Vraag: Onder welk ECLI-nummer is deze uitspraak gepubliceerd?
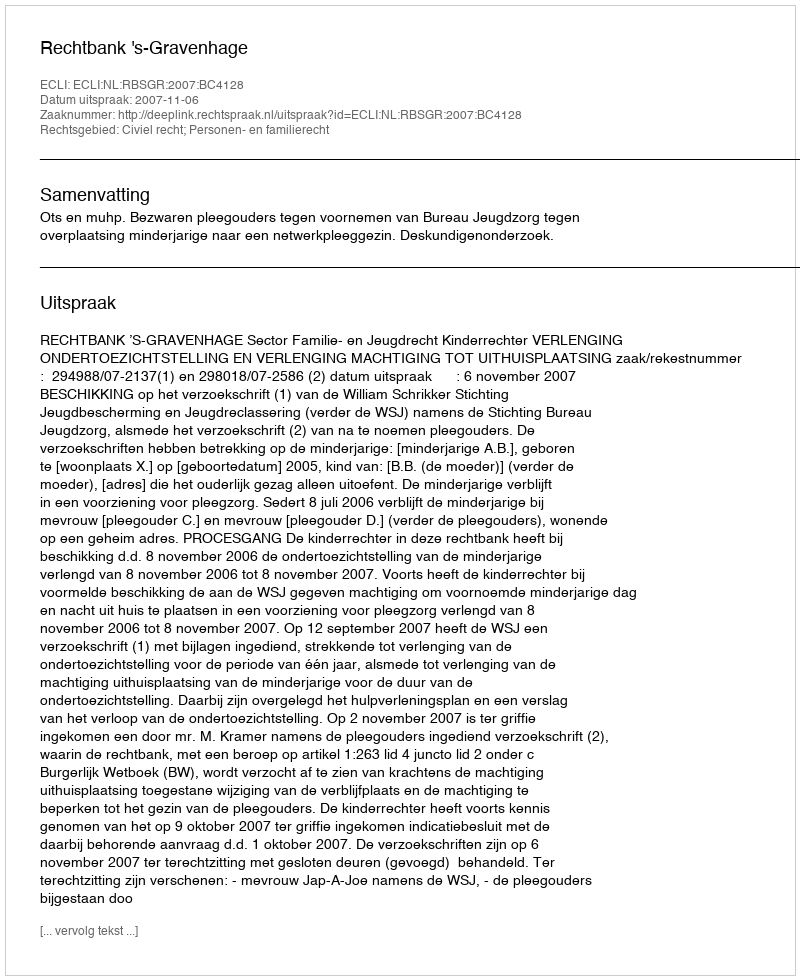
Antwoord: ECLI:NL:RBSGR:2007:BC4128